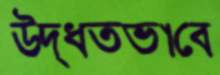
উদ্ধতভাবে